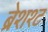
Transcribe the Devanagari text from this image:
ब्रेशश्ट